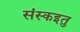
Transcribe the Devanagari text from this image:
संस्कइतु